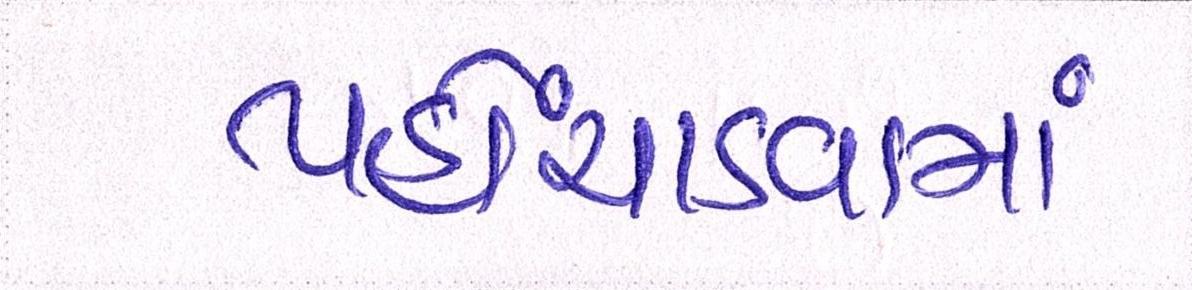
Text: પહોંચાડવામાં